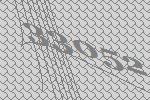
33052